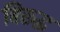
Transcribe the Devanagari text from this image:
बिरुद्ध